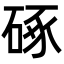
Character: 硺